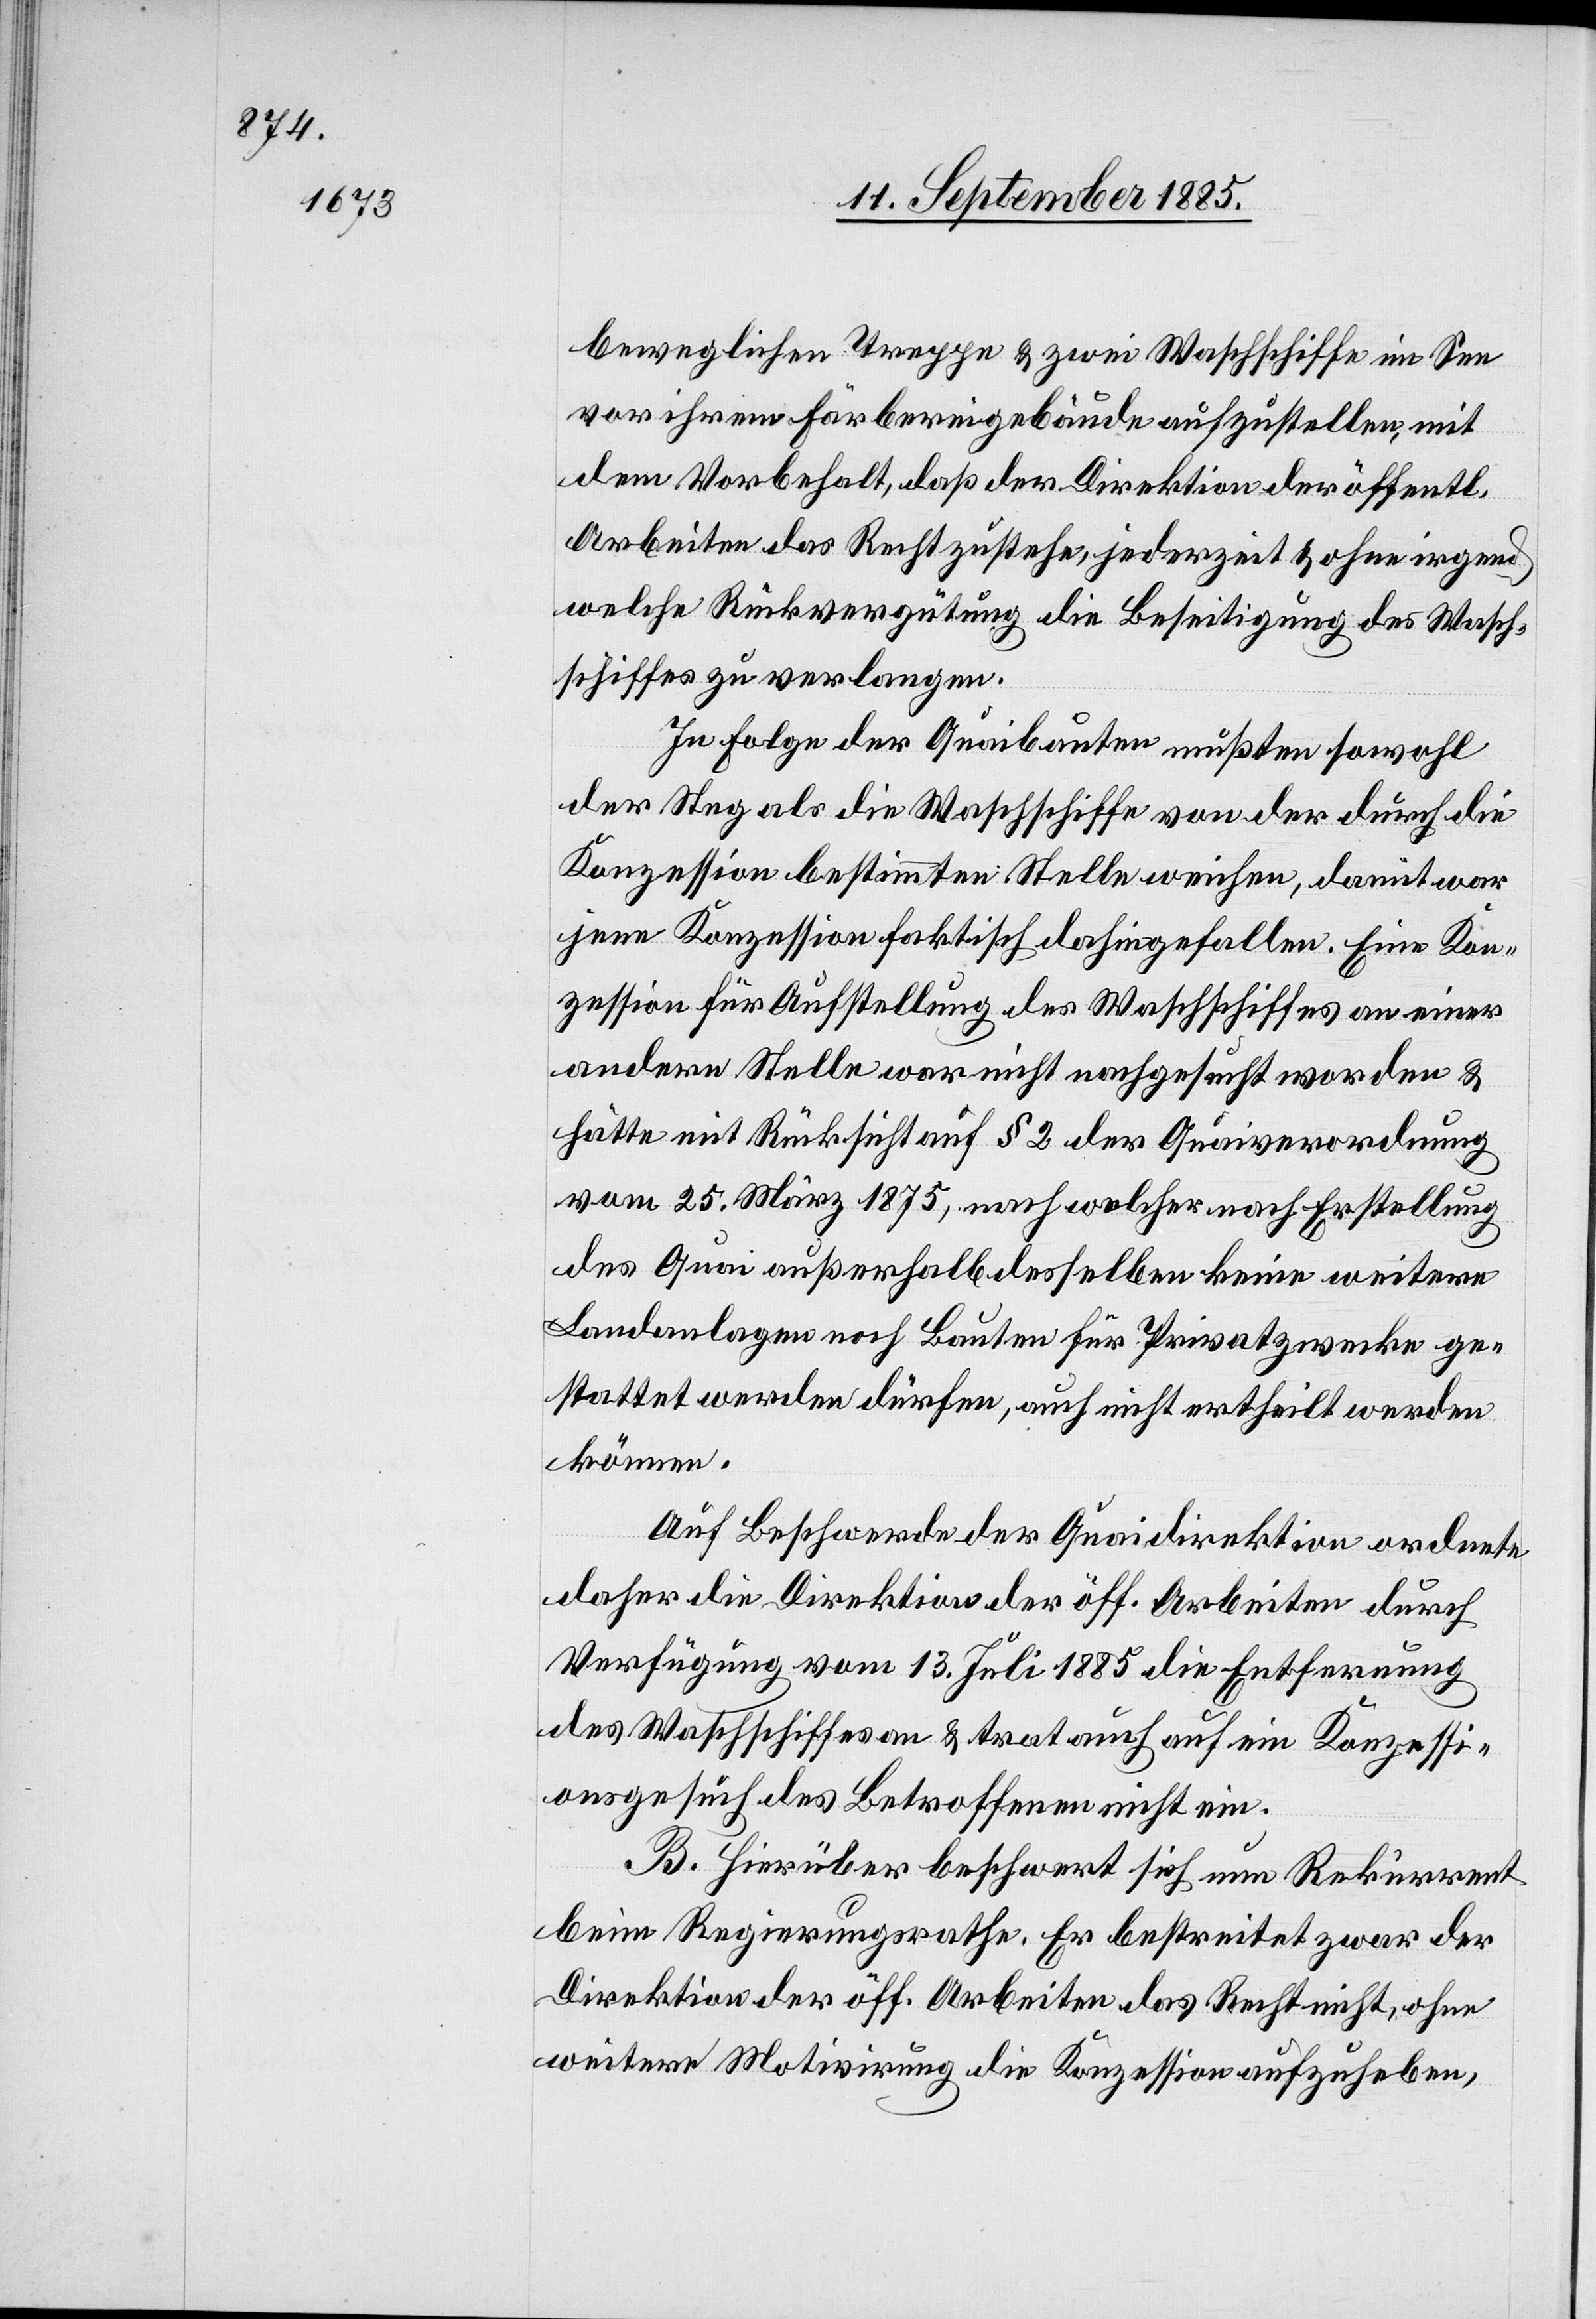
beweglichen Treppe & zwei Waschschiffe im See
vor ihrem Färbereigebäude aufzustellen, mit
dem Vorbehalt, daß der Direktion der öffentl.
Arbeiten das Recht zustehe, jederzeit & ohne irgend
welche Rückvergütung die Beseitigung des Wasch¬
schiffes zu verlangen.
In Folge der Quaibauten mußten sowohl
der Steg als die Wachschiffe von der durch die
Konzession bestimmten Stelle weichen, damit war
jene Konzession faktisch dahingefallen. Eine Kon¬
zession für Aufstellung des Waschschiffes an einer
andern Stelle war nicht nachgesucht worden &
hätte mit Rücksicht auf § 2 der Quaiverordnung
vom 25. März 1875, nach welcher nach Erstellung
des Quai außerhalb desselben keine weitere
Landanlagen noch Bauten für Privatzwecke ge¬
stattet werden dürfen, auch nicht ertheilt werden
können.
Auf Beschwerde der Quaidirektion ordnete
daher die Direktion der öff. Arbeiten durch
Verfügung vom 13. Juli 1885 die Entfernung
des Waschschiffes an & trat auch auf ein Konzessi¬
onsgesuch des Betroffenen nicht ein.
B. Hierüber beschwert sich nun Rekurrent
beim Regierungsrathe. Er bestreitet zwar der
Direktion der öff. Arbeiten das Recht nicht, ohne
weitere Motivirung die Konzession aufzuheben,